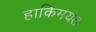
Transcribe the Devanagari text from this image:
हाकिमयत